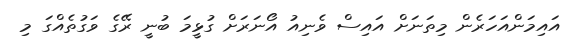
އައިމަންއަހަރެން މިތަނަށް އައިސް ވެނިއު އޯނަރަށް ގުޅީމަ ބުނީ ރޭގެ ވަގުތެއްގަ މި